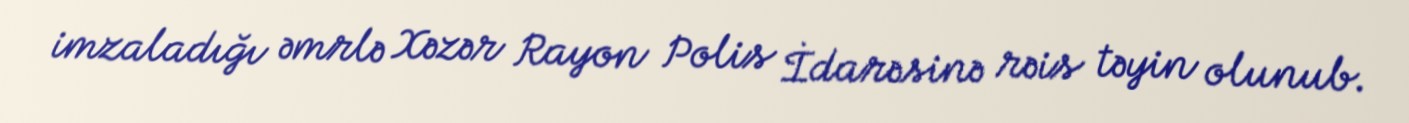
imzaladığı əmrlə Xəzər Rayon Polis İdarəsinə rəis təyin olunub.